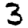
Digit: 3